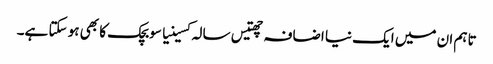
تاہم ان میں ایک نیا اضافہ چھتیس سالہ کسینیا سوبچک کا بھی ہو سکتا ہے۔